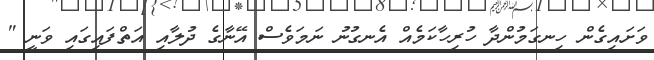
ވަށައިގެން ހިނގަމުންދާ ހުރިހާކަމެއް އެނގުނު ނަމަވެސް އޭނާގެ ދުލާއި އަތްފައިގައި ވަނީ "